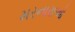
મરનારાઓ